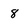
Character: 8